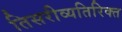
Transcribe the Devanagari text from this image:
तिसरीव्यतिरिक्त